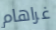
غراهام